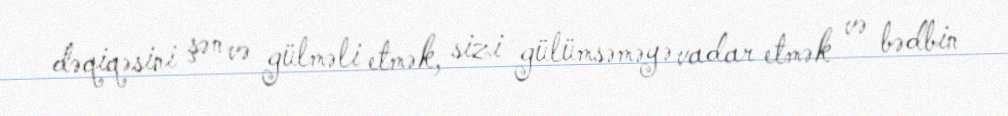
dəqiqəsini şən və gülməli etmək, sizi gülümsəməyə vadar etmək və bədbin